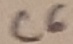
Text: C6